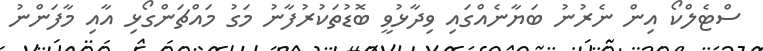
ސްޓެލްކޯ އިން ނެރުނު ބަޔާނެއްގައި ވިދާޅުވީ ބޮޑުތަކުރުފާނު މަގު މައްޗަންގޯޅި އާއި މާފަންނު